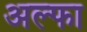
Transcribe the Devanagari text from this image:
अल्‍फा